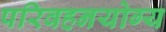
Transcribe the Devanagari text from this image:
परिवहनयोग्य